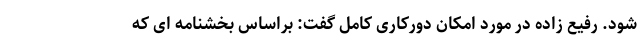
شود. رفیع زاده در مورد امکان دورکاری کامل گفت: براساس بخشنامه ای که